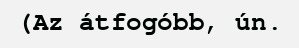
(Az átfogóbb, ún.